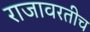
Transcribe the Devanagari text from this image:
राजावरतीच